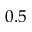
0 . 5